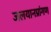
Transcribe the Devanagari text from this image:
जलयानप्रांगण